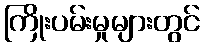
ကြိုးပမ်းမှုများတွင်